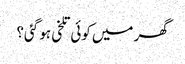
گھر میں کوئی تلخی ہو گئی؟